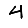
Digit: 4